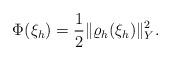
LaTeX: \begin{align*} \Phi(\xi_h) = \frac12 \Vert \varrho_h(\xi_h) \Vert_Y^2. \end{align*}